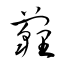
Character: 薶